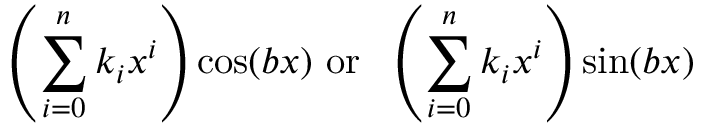
\left( \sum _ { i = 0 } ^ { n } k _ { i } x ^ { i } \right) \cos ( b x ) { \mathrm { ~ o r ~ } } \ \left( \sum _ { i = 0 } ^ { n } k _ { i } x ^ { i } \right) \sin ( b x )